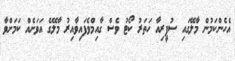
އެހެންކަމުން މާލޭގައި ސުޕީރިއާ ހަތަރު ކޯޓު ވެސް ގާއިމްވެފައިވާއިރު މާލޭގެ އަވަށެއް ކަމަށްވާ